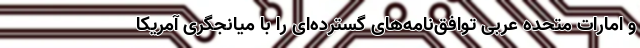
و امارات متحده عربی توافق‌نامه‌های گسترده‌ای را با میانجگری آمریکا